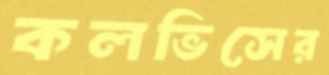
কলভিসের